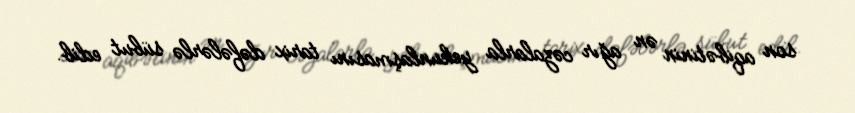
son aqibətinin ən ağır cəzalarla yekunlaşmasını tarix dəfələrlə sübut edib.